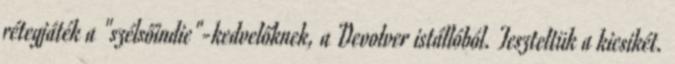
rétegjáték a "szélsőindie"-kedvelőknek, a Devolver istállóból. Teszteltük a kicsikét.